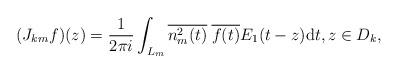
LaTeX: \begin{align*} (J_{km}f)(z)=\frac{1}{2\pi i} \int_{L_m} \overline{n_m^2(t)}\;\overline{f(t)}E_1(t-z) \textrm{d}t, z\in D_k,\end{align*}